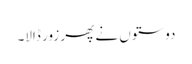
دوستوں نے پھر زور ڈالا۔